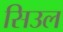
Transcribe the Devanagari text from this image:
सिउल